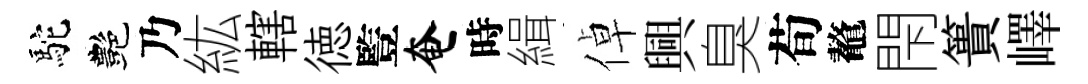
駝艷乃紘轄徳䜿奄時緝倬興臭荀鼇閇簣嶧